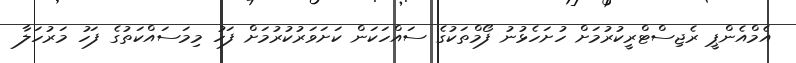
އެމްއެންޕީ ރެޖިސްޓްރީކުރުމަށް ހުށަހެޅުނު ފޯމްތަކުގެ ސައްހަކަން ކަށަވަރުކުރުމަށް ފަހު މިމަސައްކަތުގެ ފަހު މަރުހަލާ